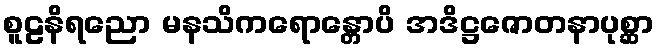
စူဠနိရညော မနသိကရောန္တောပိ အဒိဋ္ဌဇောတနာပုစ္ဆာ